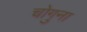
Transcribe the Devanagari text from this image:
चोगुना